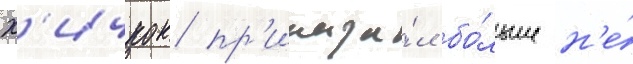
Х'ичкок пр'иказа́л бо́льше н'е́